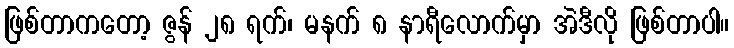
ဖြစ်တာကတော့ ဇွန် ၂၈ ရက်၊ မနက် ၈ နာရီလောက်မှာ အဲဒီလို ဖြစ်တာပါ။